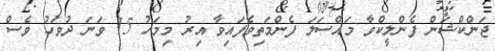
ޖަންކްޝަން ފެންލީކްވާ މައްސަލަ ފެންމަތިވެފައިވާ އިރު މިމަހު 15 ވަނަ ދުވަހު ވެސް